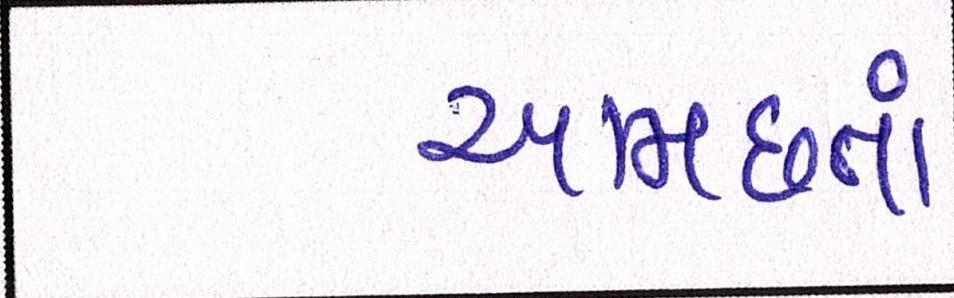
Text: આમછતાં